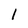
Character: l